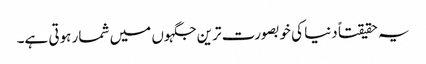
یہ حقیقتاً دنیا کی خوبصورت ترین جگہوں میں شمار ہوتی ہے۔